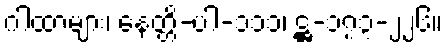
ဂါထာများ၊ နေတ္တိ-ပါ-၁၁၁၊ ဋ္ဌ-၁၇၃-၂၂၆။